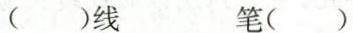
()线 笔()